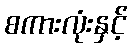
စကားလုံးနှင့်